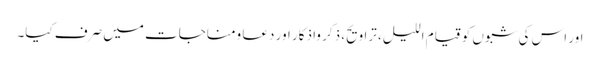
اور اس کی شبوں کو قیام اللیل، تراویح، ذکر واذکار اور دعا ومناجات میں صرف کیا۔